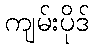
ကျမ်းပိုဒ်